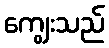
ကျွေးသည်